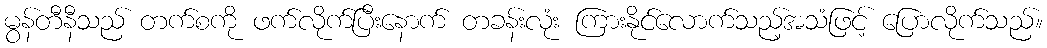
မွန်တီနီသည် တက်စကို ဖက်လိုက်ပြီးနောက် တခန်းလုံး ကြားနိုင်လောက်သည့်အသံဖြင့် ပြောလိုက်သည်။